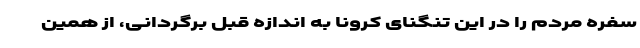
سفره مردم را در این تنگنای کرونا به اندازه قبل برگردانی، از همین